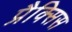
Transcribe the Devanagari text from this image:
प्रैक्सिस